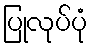
ပြုလုပ်ပုံ